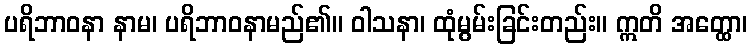
ပရိဘာဝနာ နာမ၊ ပရိဘာဝနာမည်၏။ ဝါသနာ၊ ထုံမွမ်းခြင်းတည်း။ ဣတိ အတ္ထော၊